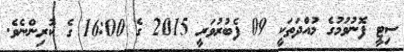
ސިޓީ ފޮނުވުމުގެ މުއްދަތަކީ 09 ފެބުރުވަރީ 2015 ގެ 16:00 ގެ ކުރިންނެވެ.